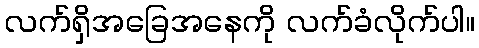
လက်ရှိအခြေအနေကို လက်ခံလိုက်ပါ။